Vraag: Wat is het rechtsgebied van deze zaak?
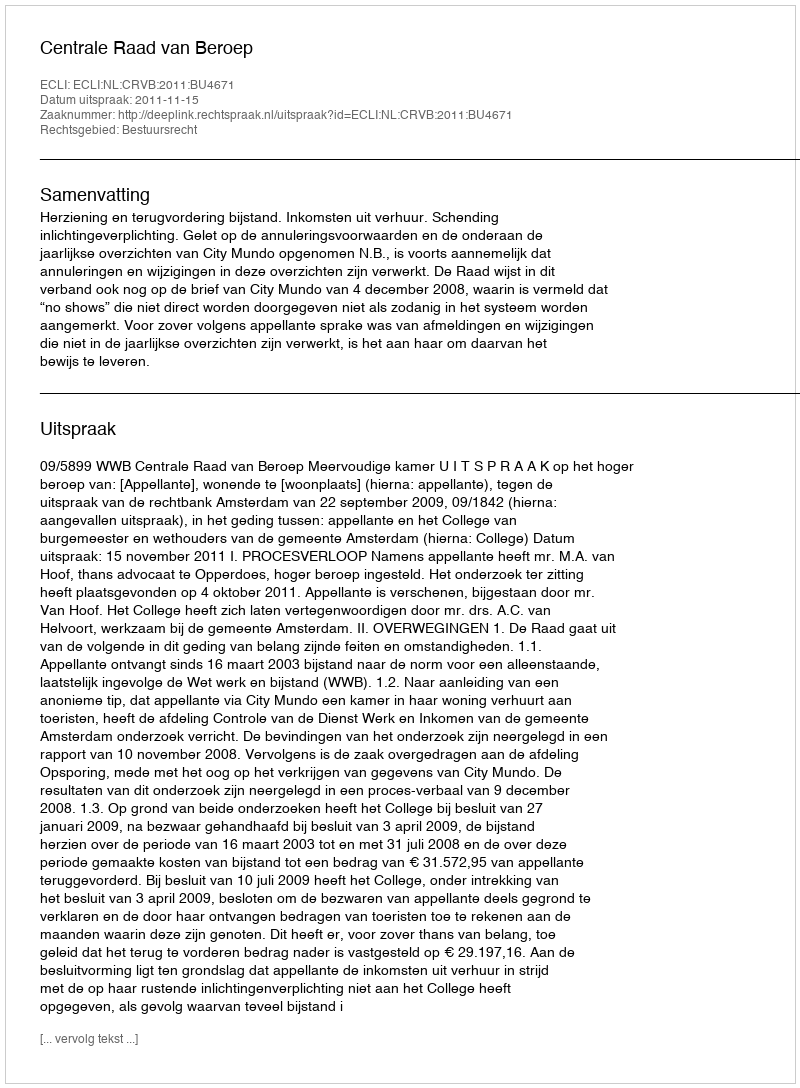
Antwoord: Bestuursrecht